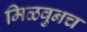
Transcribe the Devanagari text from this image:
मिळवुनच